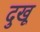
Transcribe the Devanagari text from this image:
दुखू